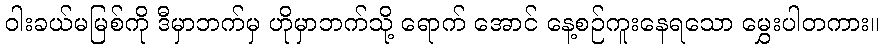
ဝါးခယ်မမြစ်ကို ဒီမှာဘက်မှ ဟိုမှာဘက်သို့ ရောက် အောင် နေ့စဉ်ကူးနေရသော မွှေးပါတကား။